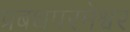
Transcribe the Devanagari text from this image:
प्रबंधपरमेश्वर